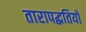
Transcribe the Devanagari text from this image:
तारापद्धतियों